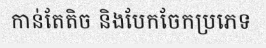
កាន់តែតិច និងបែកចែកប្រភេទ